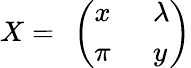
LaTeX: X=\ \left(\begin{array}{ll}{{x\ \ }}&{{\lambda}}\\ {{\pi\ \ }}&{{y}}\end{array}\right)